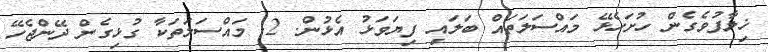
ޚިލާފުވެގެން ހުށަހެޅޭ މައްސަލަތައް ބަލައި ފިޔަވަޅު އެޅުން. 2. މައްސަލަތަކާ ގުޅިގެން ދޭންޖެހޭ